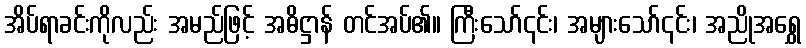
အိပ်ရာခင်းကိုလည်း အမည်ဖြင့် အဓိဋ္ဌာန် တင်အပ်၏။ ကြီးသော်၎င်း၊ အများသော်၎င်း၊ အညိုအရွှေ